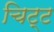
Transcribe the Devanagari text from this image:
चिट्ट